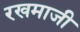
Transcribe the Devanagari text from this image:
रखमाजी